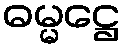
ဓမ္မဋ္ဌေ